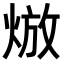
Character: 𤊦